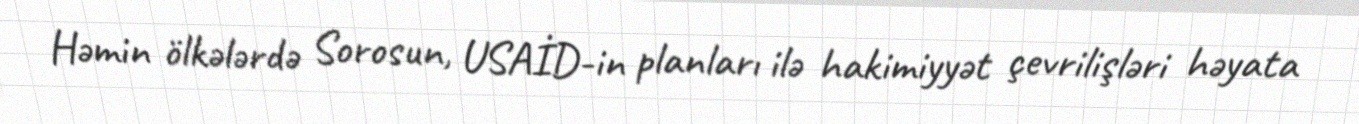
Həmin ölkələrdə Sorosun, USAİD-in planları ilə hakimiyyət çevrilişləri həyata